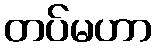
တပ်မဟာ